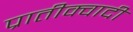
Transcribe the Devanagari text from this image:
प्रातीक्वादी